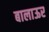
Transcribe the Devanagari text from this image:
बालाऊर